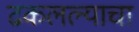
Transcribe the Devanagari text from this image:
ढकलल्याचा